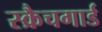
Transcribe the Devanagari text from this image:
स्क्रैचगार्ड